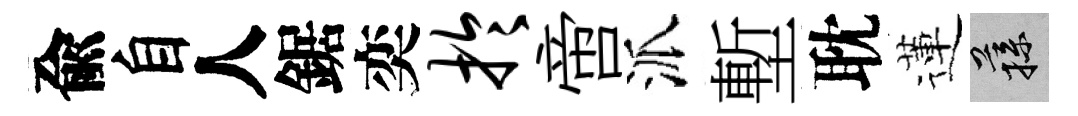
兪自人鋸奕於啻派塹耽蓮蓀